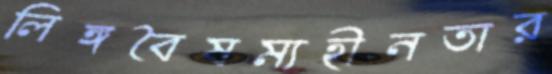
লিঙ্গবৈষম্যহীনতার